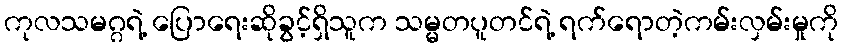
ကုလသမဂ္ဂရဲ့ ပြောရေးဆိုခွင့်ရှိသူက သမ္မတပူတင်ရဲ့ ရက်ရောတဲ့ကမ်းလှမ်းမှုကို